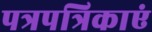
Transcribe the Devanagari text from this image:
पत्रपत्रिकाएं